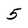
Character: 5